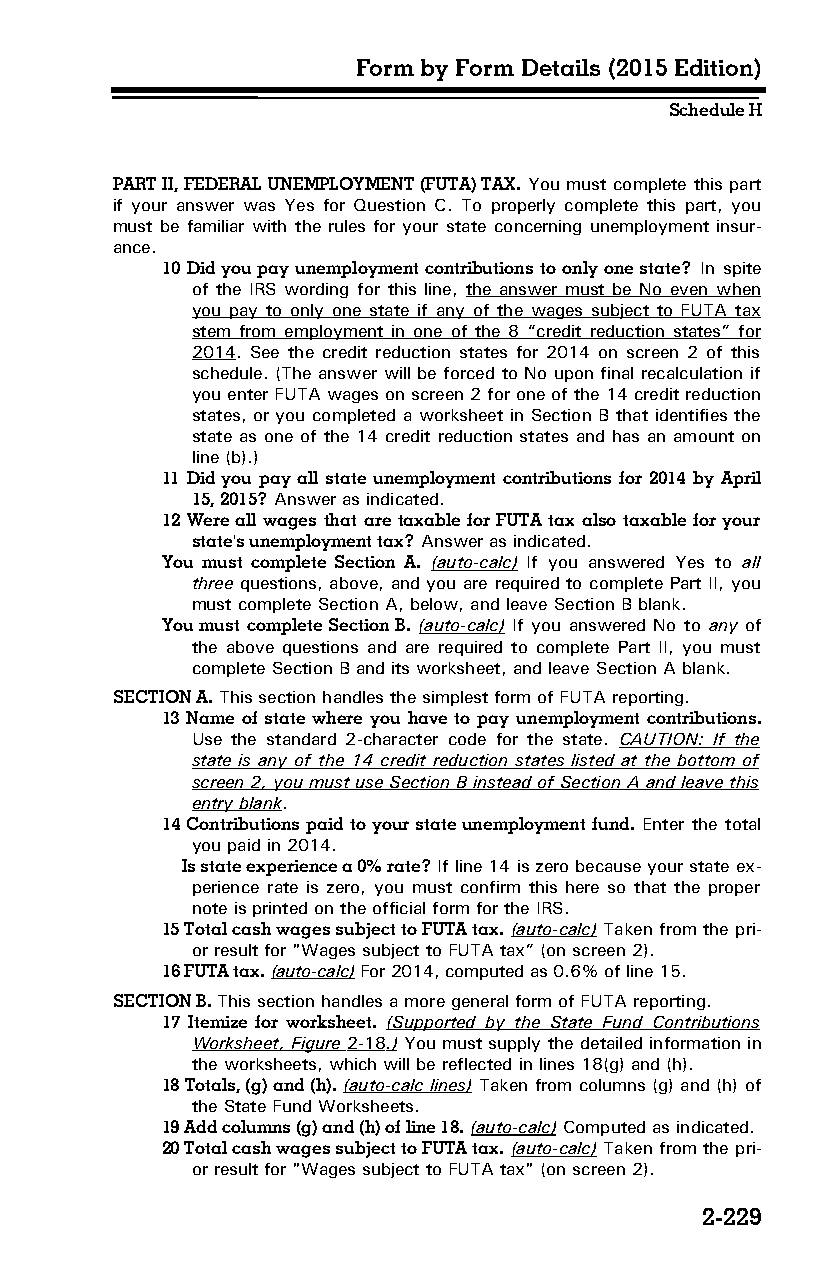
Form by Form Details (2015 Edition)
 Schedule H
 PART II, FEDERAL UNEMPLOYMENT (FUTA) TAX. You must complete this part
 if your answer was Yes for Question C. To properly complete this part, you
 must be familiar with the rules for your state concerning unemployment insur­
 ance.
 10 Did you pay unemployment contributions to only one state? In spite
 of the IRS wording for this line, the answer must be No even when
 you pay to only one state if any of the wages subject to FUTA tax
 stem from employment in one of the 8 “credit reduction states” for
 2014. See the credit reduction states for 2014 on screen 2 of this
 schedule. (The answer will be forced to No upon final recalculation if
 you enter FUTA wages on screen 2 for one of the 14 credit reduction
 states, or you completed a worksheet in Section B that identifies the
 state as one of the 14 credit reduction states and has an amount on
 line (b).)
 11 Did you pay all state unemployment contributions for 2014 by April
 15, 2015? Answer as indicated.
 12 Were all wages that are taxable for FUTA tax also taxable for your
 state's unemployment tax? Answer as indicated.
 You must complete Section A. (auto-calc) If you answered Yes to all
 three questions, above, and you are required to complete Part II, you
 must complete Section A, below, and leave Section B blank.
 You must complete Section B. (auto-calc) If you answered No to any of
 the above questions and are required to complete Part II, you must
 complete Section B and its worksheet, and leave Section A blank.
 SECTION A. This section handles the simplest form of FUTA reporting.
 13 Name of state where you have to pay unemployment contributions.
 Use the standard 2-character code for the state. CAUTION: If the
 state is any of the 14 credit reduction states listed at the bottom of
 screen 2, you must use Section B instead of Section A and leave this
 entry blank.
 14 Contributions paid to your state unemployment fund. Enter the total
 you paid in 2014.
 Is state experience a 0% rate? If line 14 is zero because your state ex­
 perience rate is zero, you must confirm this here so that the proper
 note is printed on the official form for the IRS.
 15 Total cash wages subject to FUTA tax. (auto-calc) Taken from the pri­
 or result for "Wages subject to FUTA tax” (on screen 2).
 16 FUTA tax. (auto-calc) For 2014, computed as 0.6% of line 15.
 SECTION B. This section handles a more general form of FUTA reporting.
 17 Itemize for worksheet. (Supported by the State Fund Contributions
 Worksheet, Figure 2-18 .) You must supply the detailed information in
 the worksheets, which will be reflected in lines 18(g) and (h).
 18 Totals, (g) and (h). (auto-calc lines) Taken from columns (g) and (h) of
 the State Fund Worksheets.
 19 Add columns (g) and (h) of line 18. (auto-calc) Computed as indicated.
 20 Total cash wages subject to FUTA tax. (auto-calc) Taken from the pri­
 or result for "Wages subject to FUTA tax" (on screen 2).
 2-229